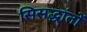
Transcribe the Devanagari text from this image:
सिसद्धांतों